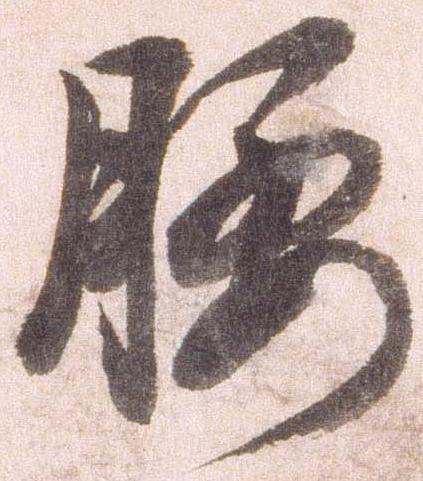
腰